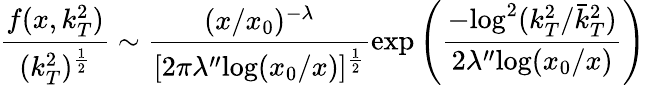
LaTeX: \frac{f(x,k_{T}^{2})}{(k_{T}^{2})^{\frac{1}{2}}}\sim\frac{(x/x_{0})^{-\lambda}}{[2\pi\lambda^{\prime\prime}\mathrm{log}(x_{0}/x)]^{\frac{1}{2}}}\mathrm{exp}\left(\frac{-\mathrm{log}^{2}(k_{T}^{2}/\bar{k}_{T}^{2})}{2\lambda^{\prime\prime}\mathrm{log}(x_{0}/x)}\right)